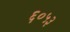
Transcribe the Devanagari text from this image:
६०५३